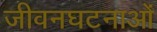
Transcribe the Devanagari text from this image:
जीवनघटनाओं